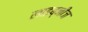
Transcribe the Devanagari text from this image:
लाइब्नीज